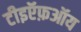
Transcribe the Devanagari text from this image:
टीइऍफ़ऑय